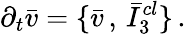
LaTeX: \partial_{t}\bar{v}=\{ \bar{v}\, ,\, \bar{I}_{3}^{cl}\} \, .